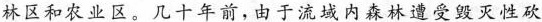
林区和农业区。几十年前，由于流域内森林遭受毁灭性砍